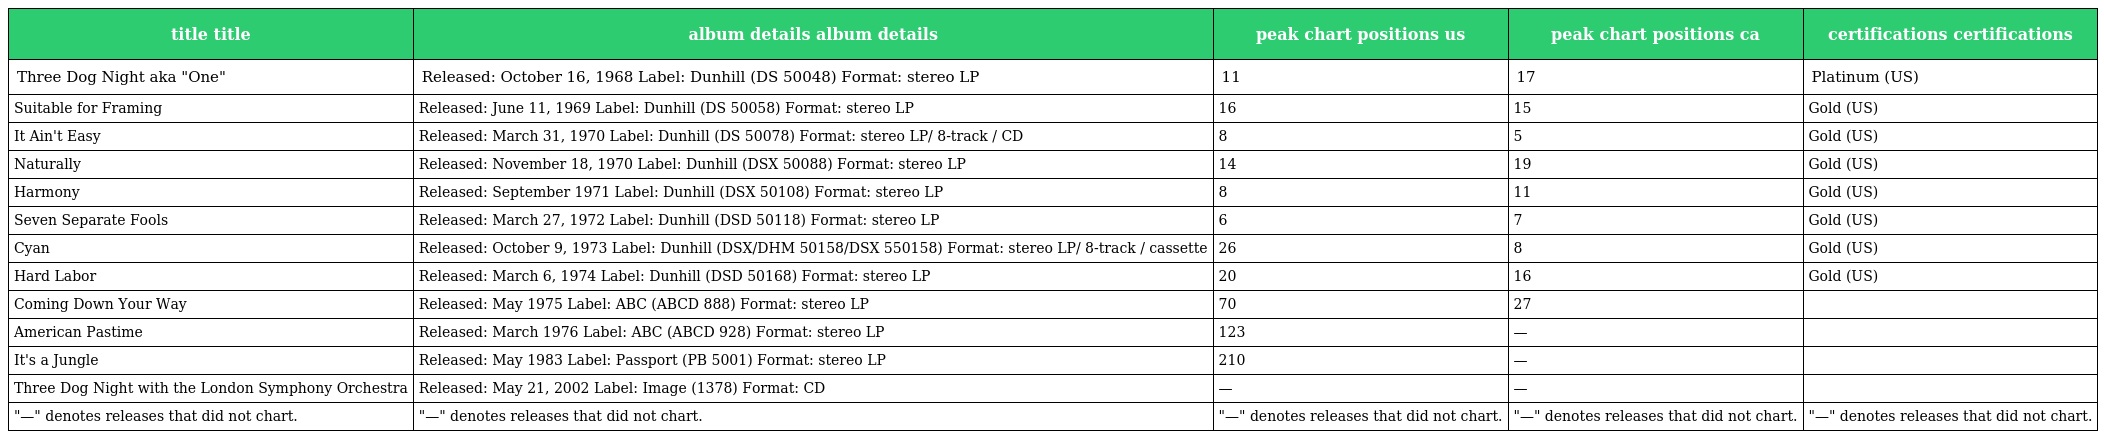
| title title | album details album details | peak chart positions us | peak chart positions ca | certifications certifications |
 | --- | --- | --- | --- | --- |
 | Three Dog Night aka "One" | Released: October 16, 1968 Label: Dunhill (DS 50048) Format: stereo LP | 11 | 17 | Platinum (US) |
 | Suitable for Framing | Released: June 11, 1969 Label: Dunhill (DS 50058) Format: stereo LP | 16 | 15 | Gold (US) |
 | It Ain't Easy | Released: March 31, 1970 Label: Dunhill (DS 50078) Format: stereo LP/ 8-track / CD | 8 | 5 | Gold (US) |
 | Naturally | Released: November 18, 1970 Label: Dunhill (DSX 50088) Format: stereo LP | 14 | 19 | Gold (US) |
 | Harmony | Released: September 1971 Label: Dunhill (DSX 50108) Format: stereo LP | 8 | 11 | Gold (US) |
 | Seven Separate Fools | Released: March 27, 1972 Label: Dunhill (DSD 50118) Format: stereo LP | 6 | 7 | Gold (US) |
 | Cyan | Released: October 9, 1973 Label: Dunhill (DSX/DHM 50158/DSX 550158) Format: stereo LP/ 8-track / cassette | 26 | 8 | Gold (US) |
 | Hard Labor | Released: March 6, 1974 Label: Dunhill (DSD 50168) Format: stereo LP | 20 | 16 | Gold (US) |
 | Coming Down Your Way | Released: May 1975 Label: ABC (ABCD 888) Format: stereo LP | 70 | 27 |  |
 | American Pastime | Released: March 1976 Label: ABC (ABCD 928) Format: stereo LP | 123 | — |  |
 | It's a Jungle | Released: May 1983 Label: Passport (PB 5001) Format: stereo LP | 210 | — |  |
 | Three Dog Night with the London Symphony Orchestra | Released: May 21, 2002 Label: Image (1378) Format: CD | — | — |  |
 | "—" denotes releases that did not chart. | "—" denotes releases that did not chart. | "—" denotes releases that did not chart. | "—" denotes releases that did not chart. | "—" denotes releases that did not chart. |